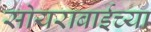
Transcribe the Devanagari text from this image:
सोयराबाईच्या